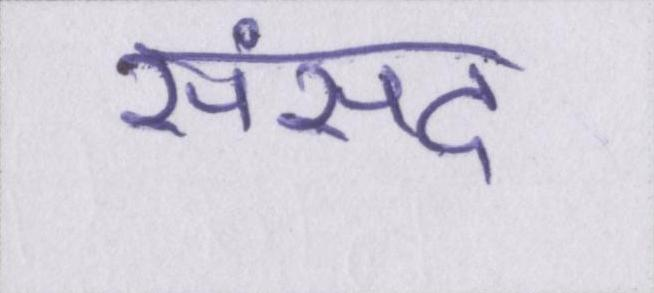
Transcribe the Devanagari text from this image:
संसद